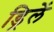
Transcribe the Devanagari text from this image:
ड्रिलें